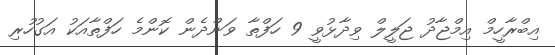
އިބްރާހީމް އިމްޖާދު ޖަލީލް ވިދާޅުވީ 9 ހަފްތާ ވަންދެން ކޮންމެ ހަފްތާއަކު އަގުހުރި